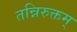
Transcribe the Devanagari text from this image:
तन्निरुक्तम्